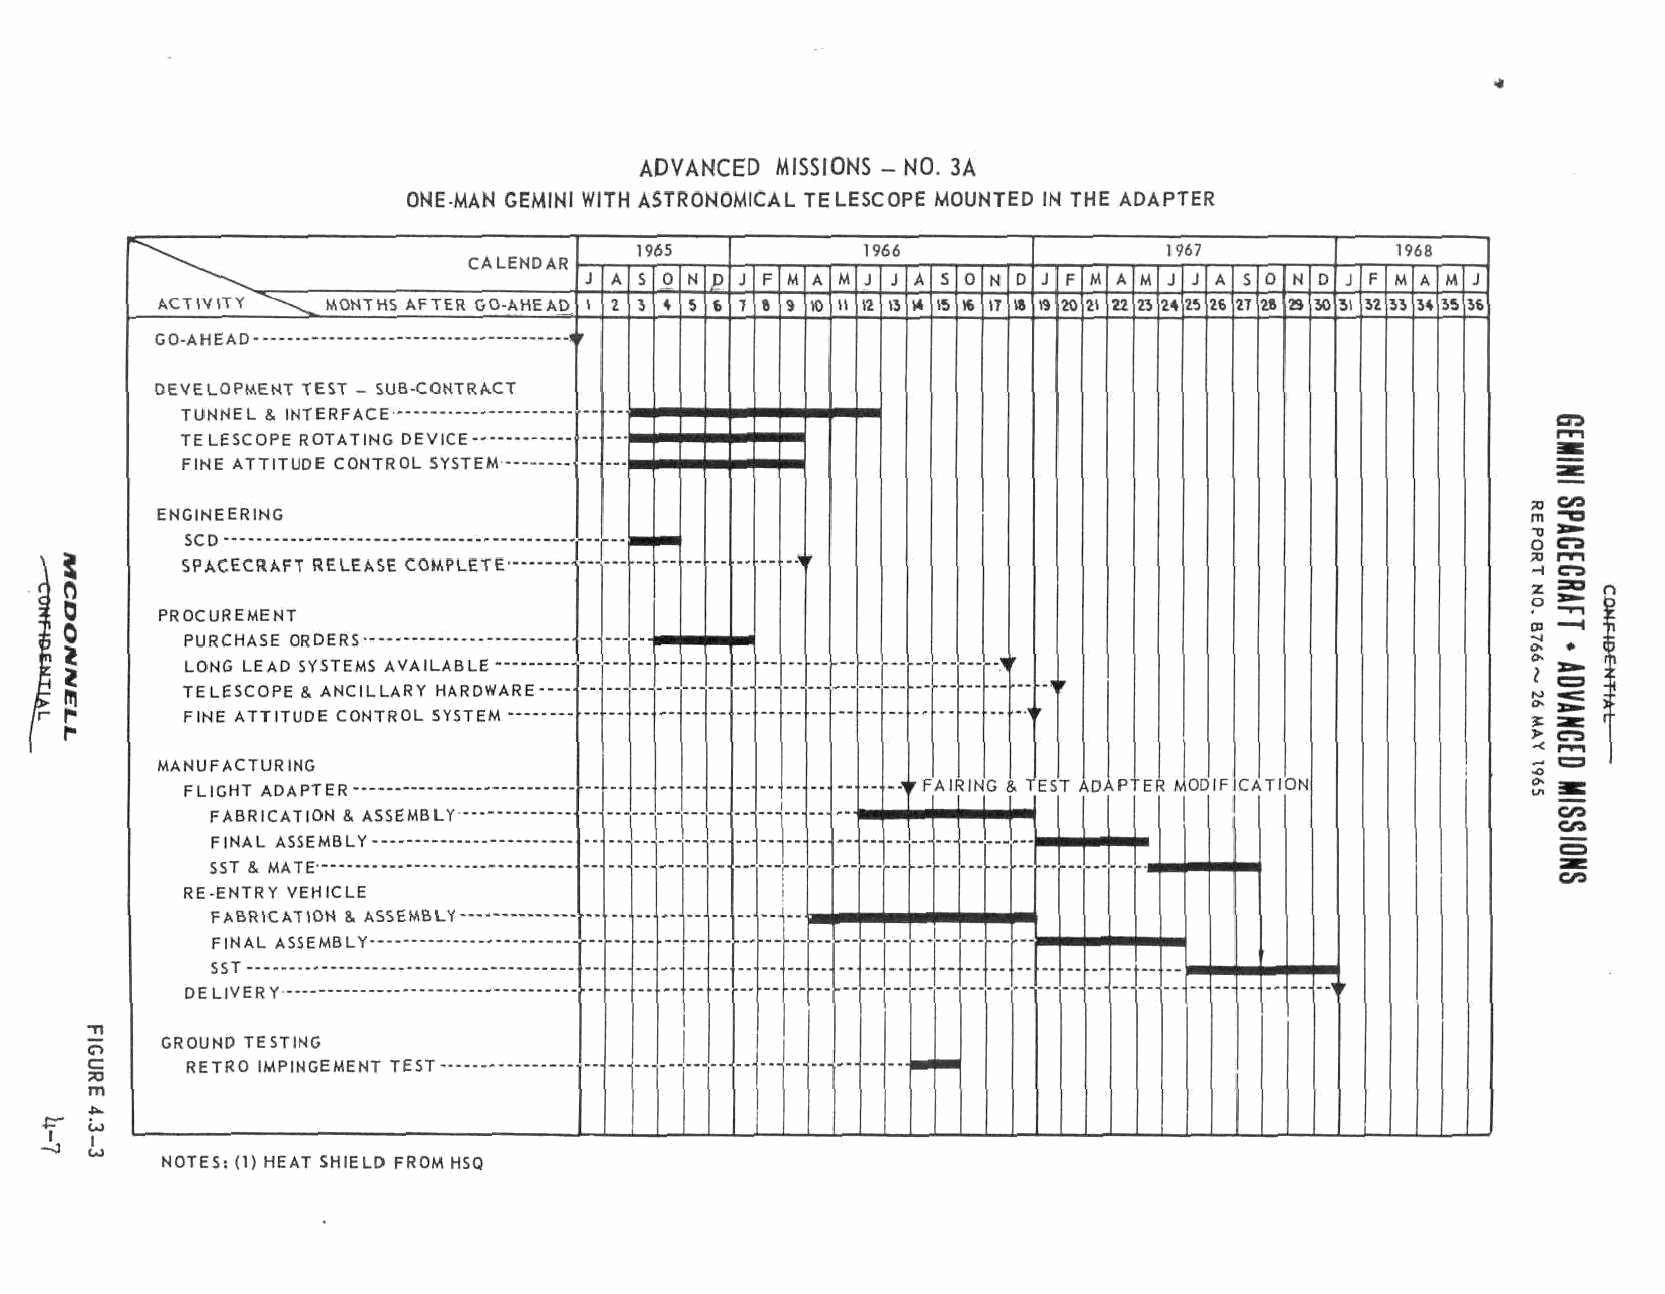
ADVANCED MISSIONS - NO. 3A
 ONE-MAN GEMINI WITH ASTRONOMICAL TELESCOPE MOUNTED IN THE ADAPTER
 1965           1966                1967
 ^^~~**""\\^^^^        CCAALLEENNDDAARR
 J A 5 0 N D J F M A M J J A 5 0 N D J F M A M J J AJS 0
 ACTIVITY ^ \_ MONTHS AFTER GO-AHEAD ; 2 3 4 5 6 7 8 9 10 il 12 13 M 15 16 ir 18 -Hi2 0 21 22 23 24 2T 26 271 28
 rr
 DEVELOPMENT TEST - SUB-CONTRACT
 TELESCOPE ROTATING DEVICE
 FINE ATTITUDE CONTROL SYSTEM
 ENGINEERING
 rr
 PROCUREMENT
 PURCHASE ORDERS          •
 LONG LEAD SYSTEMS AVAILABLE "1                        -V
 TELESCOPE & ANCILLARY HARDWARE \
 MANUFACTURING
 ••** rrFF AAllll bbii GG IIii .. TTEESS TT AADDAAPP"" rrEERR ^^ OODDIIFF CCAATTIIOO
 FABRICATION 8. ASSEMBLY
 RE-ENTRY VEHICLE                        1
 GROUND TESTING
 NOTES: (1) HEAT SHIELD FROM HSQ